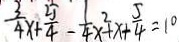
\frac { 3 } { 4 } x + \frac { 2 5 } { 4 } - \frac { 1 } { 4 } x ^ { 2 } + x + \frac { 5 } { 4 } = 1 0